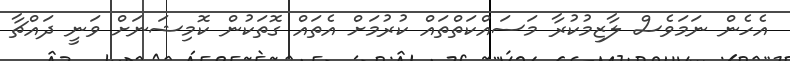
އެހެން ނަމަވެސް ލާޒިމުކުރާ މަސައްކަތްތައް ކުރުމަށް އެތައް ގޮތަކުން ކޮމިޝަނަށް ވަނީ ދައްޗާ